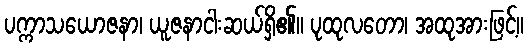
ပက္ကာသယောဇနာ၊ ယူဇနာငါးဆယ်ရှိ၏။ ပုထုလတော၊ အထုအားဖြင့်။